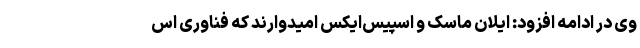
وی در ادامه افزود: ایلان ماسک و اسپیس‌ایکس امیدوارند که فناوری اس